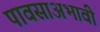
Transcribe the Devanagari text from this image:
पावसाअभावी